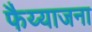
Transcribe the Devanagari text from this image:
फैय्याजना